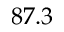
8 7 . 3